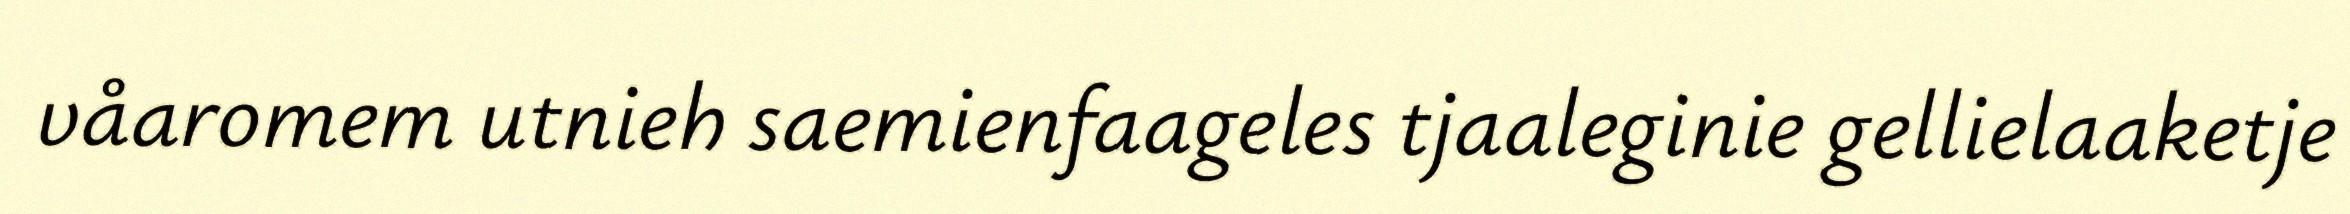
våaromem utnieh saemienfaageles tjaaleginie gellielaaketje